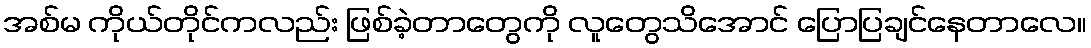
အစ်မ ကိုယ်တိုင်ကလည်း ဖြစ်ခဲ့တာတွေကို လူတွေသိအောင် ပြောပြချင်နေတာလေ။